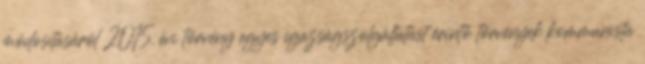
módosításáról 2015. évi törvény egyes igazságszolgáltatást érintő törvények kommunista